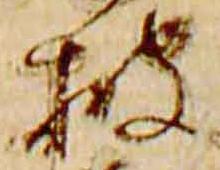
披